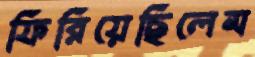
ফিরিয়েছিলেম